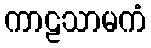
ကာဠသာမကံ